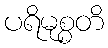
ပရိမုစ္စတိ